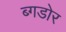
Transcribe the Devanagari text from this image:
ब्गडोर